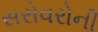
સરોવરોની